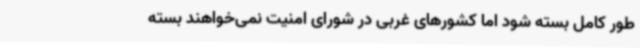
طور کامل بسته شود اما کشورهای غربی در شورای امنیت نمی‌خواهند بسته